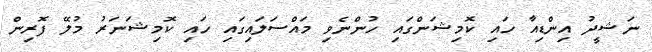
ނަޝީދު އިންޑިއާ ހައި ކޮމިޝަންގައި ހުންނެވި މައްސަލައިގައި ހައި ކޮމިޝަނަރު މުލޭ ފޮރިން